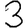
Digit: 3